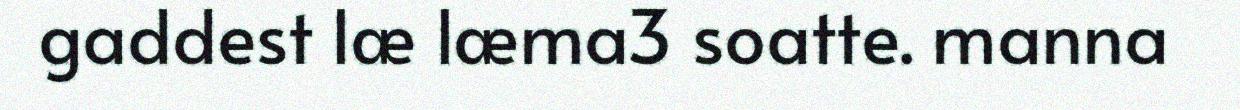
gaddest læ læma3 soatte. manna